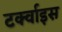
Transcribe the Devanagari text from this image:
टर्क्वाइस